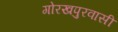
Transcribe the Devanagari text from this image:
गोरखपुरवासी